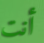
أنت